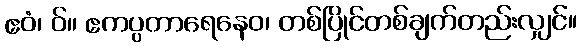
ဧဝံ၊ ဝ်။ ဧကပ္ပတာရေနေဝ၊ တစ်ပြိုင်တစ်ချက်တည်းလျှင်။